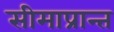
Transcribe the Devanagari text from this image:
सीमाप्रान्त